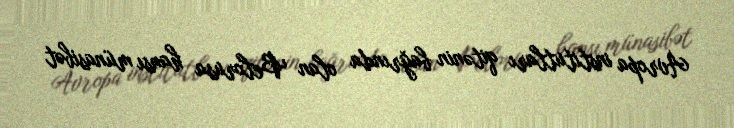
Avropa institutları qitənin bağrında olan Belorusa hansı münasibət